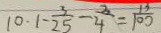
1 0 . 1 - \frac { 3 } { 2 5 } - \frac { 3 } { 4 } = \frac { 1 3 } { 1 0 0 }